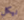
نيكل